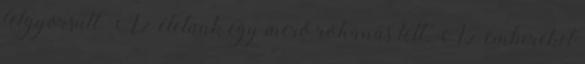
felgyorsult. Az életünk egy merő rohanás lett. Az embereket